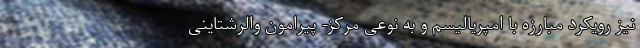
نيز رویکرد مبارزه با امپریالیسم و به نوعی مرکز- پیرامون والرشتاینی